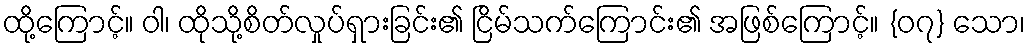
ထို့ကြောင့်။ ဝါ၊ ထိုသို့စိတ်လှုပ်ရှားခြင်း၏ ငြိမ်သက်ကြောင်း၏ အဖြစ်ကြောင့်။ {၀၇} သော၊